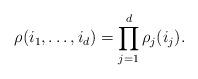
LaTeX: \begin{align*}\rho(i_1,\ldots,i_d)=\prod_{j=1}^d \rho_j(i_j).\end{align*}